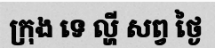
ក្រុង ទេ ល្ហី សព្វ ថ្ងៃ